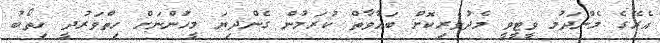
އެރޭގެ މެންދަމު ވީޓީވީ މެދުވެރިކޮށް ބަޣާވާތް ކުރަމުން ގެންދިޔަ މީހުންނަށް ހިތްވަރުދީ ޚިތޯބު